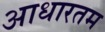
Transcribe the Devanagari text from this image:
आधारतम